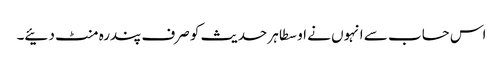
اس حساب سے انہوں نے اوسطا ہر حدیث کو صرف پندرہ منٹ دئیے۔